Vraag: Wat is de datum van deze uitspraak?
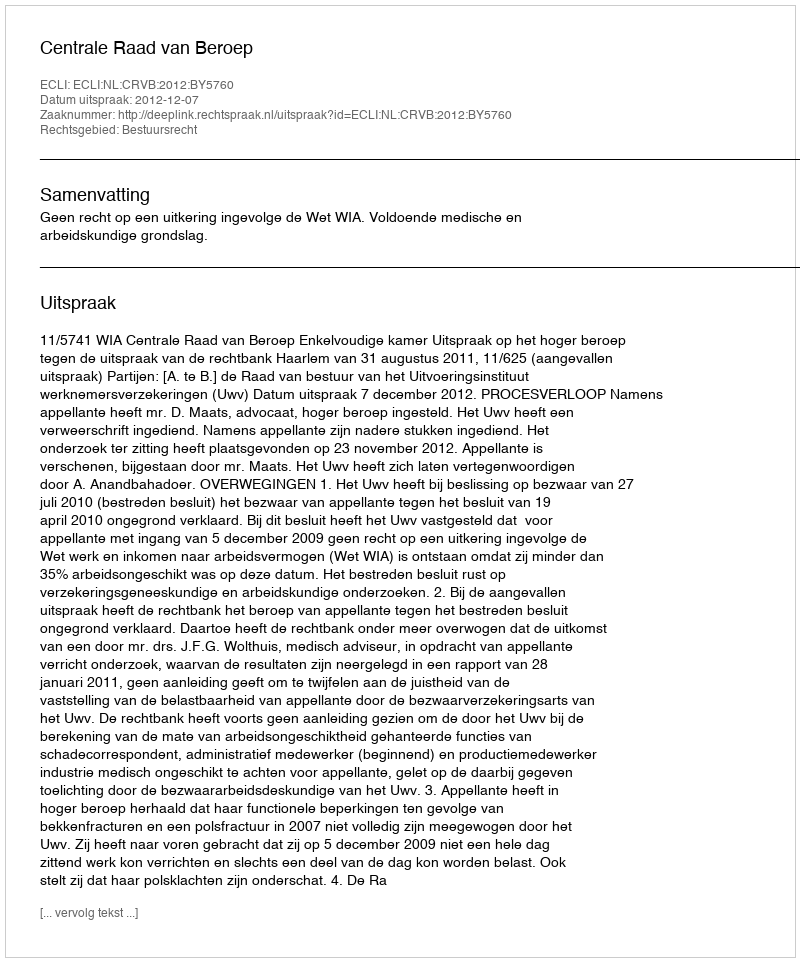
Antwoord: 2012-12-07